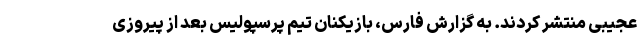
عجیبی منتشر کردند. به گزارش فارس، بازیکنان تیم پرسپولیس بعد از پیروزی